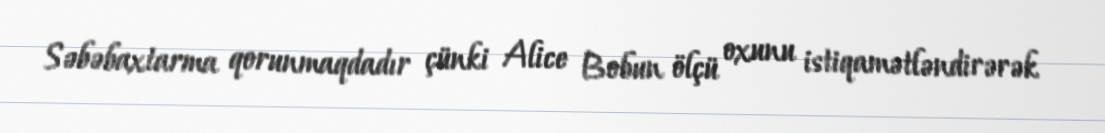
Səbəbaxtarma qorunmaqdadır çünki Alice Bobun ölçü oxunu istiqamətləndirərək